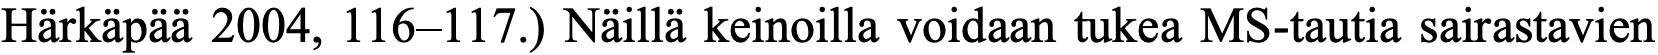
Härkäpää 2004, 116–117.) Näillä keinoilla voidaan tukea MS-tautia sairastavien